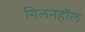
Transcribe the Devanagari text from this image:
गिलनहॉल